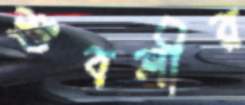
শুবলীর